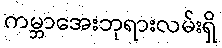
ကမ္ဘာအေးဘုရားလမ်းရှိ